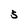
Character: S